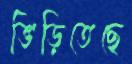
ভিড়িতেছে